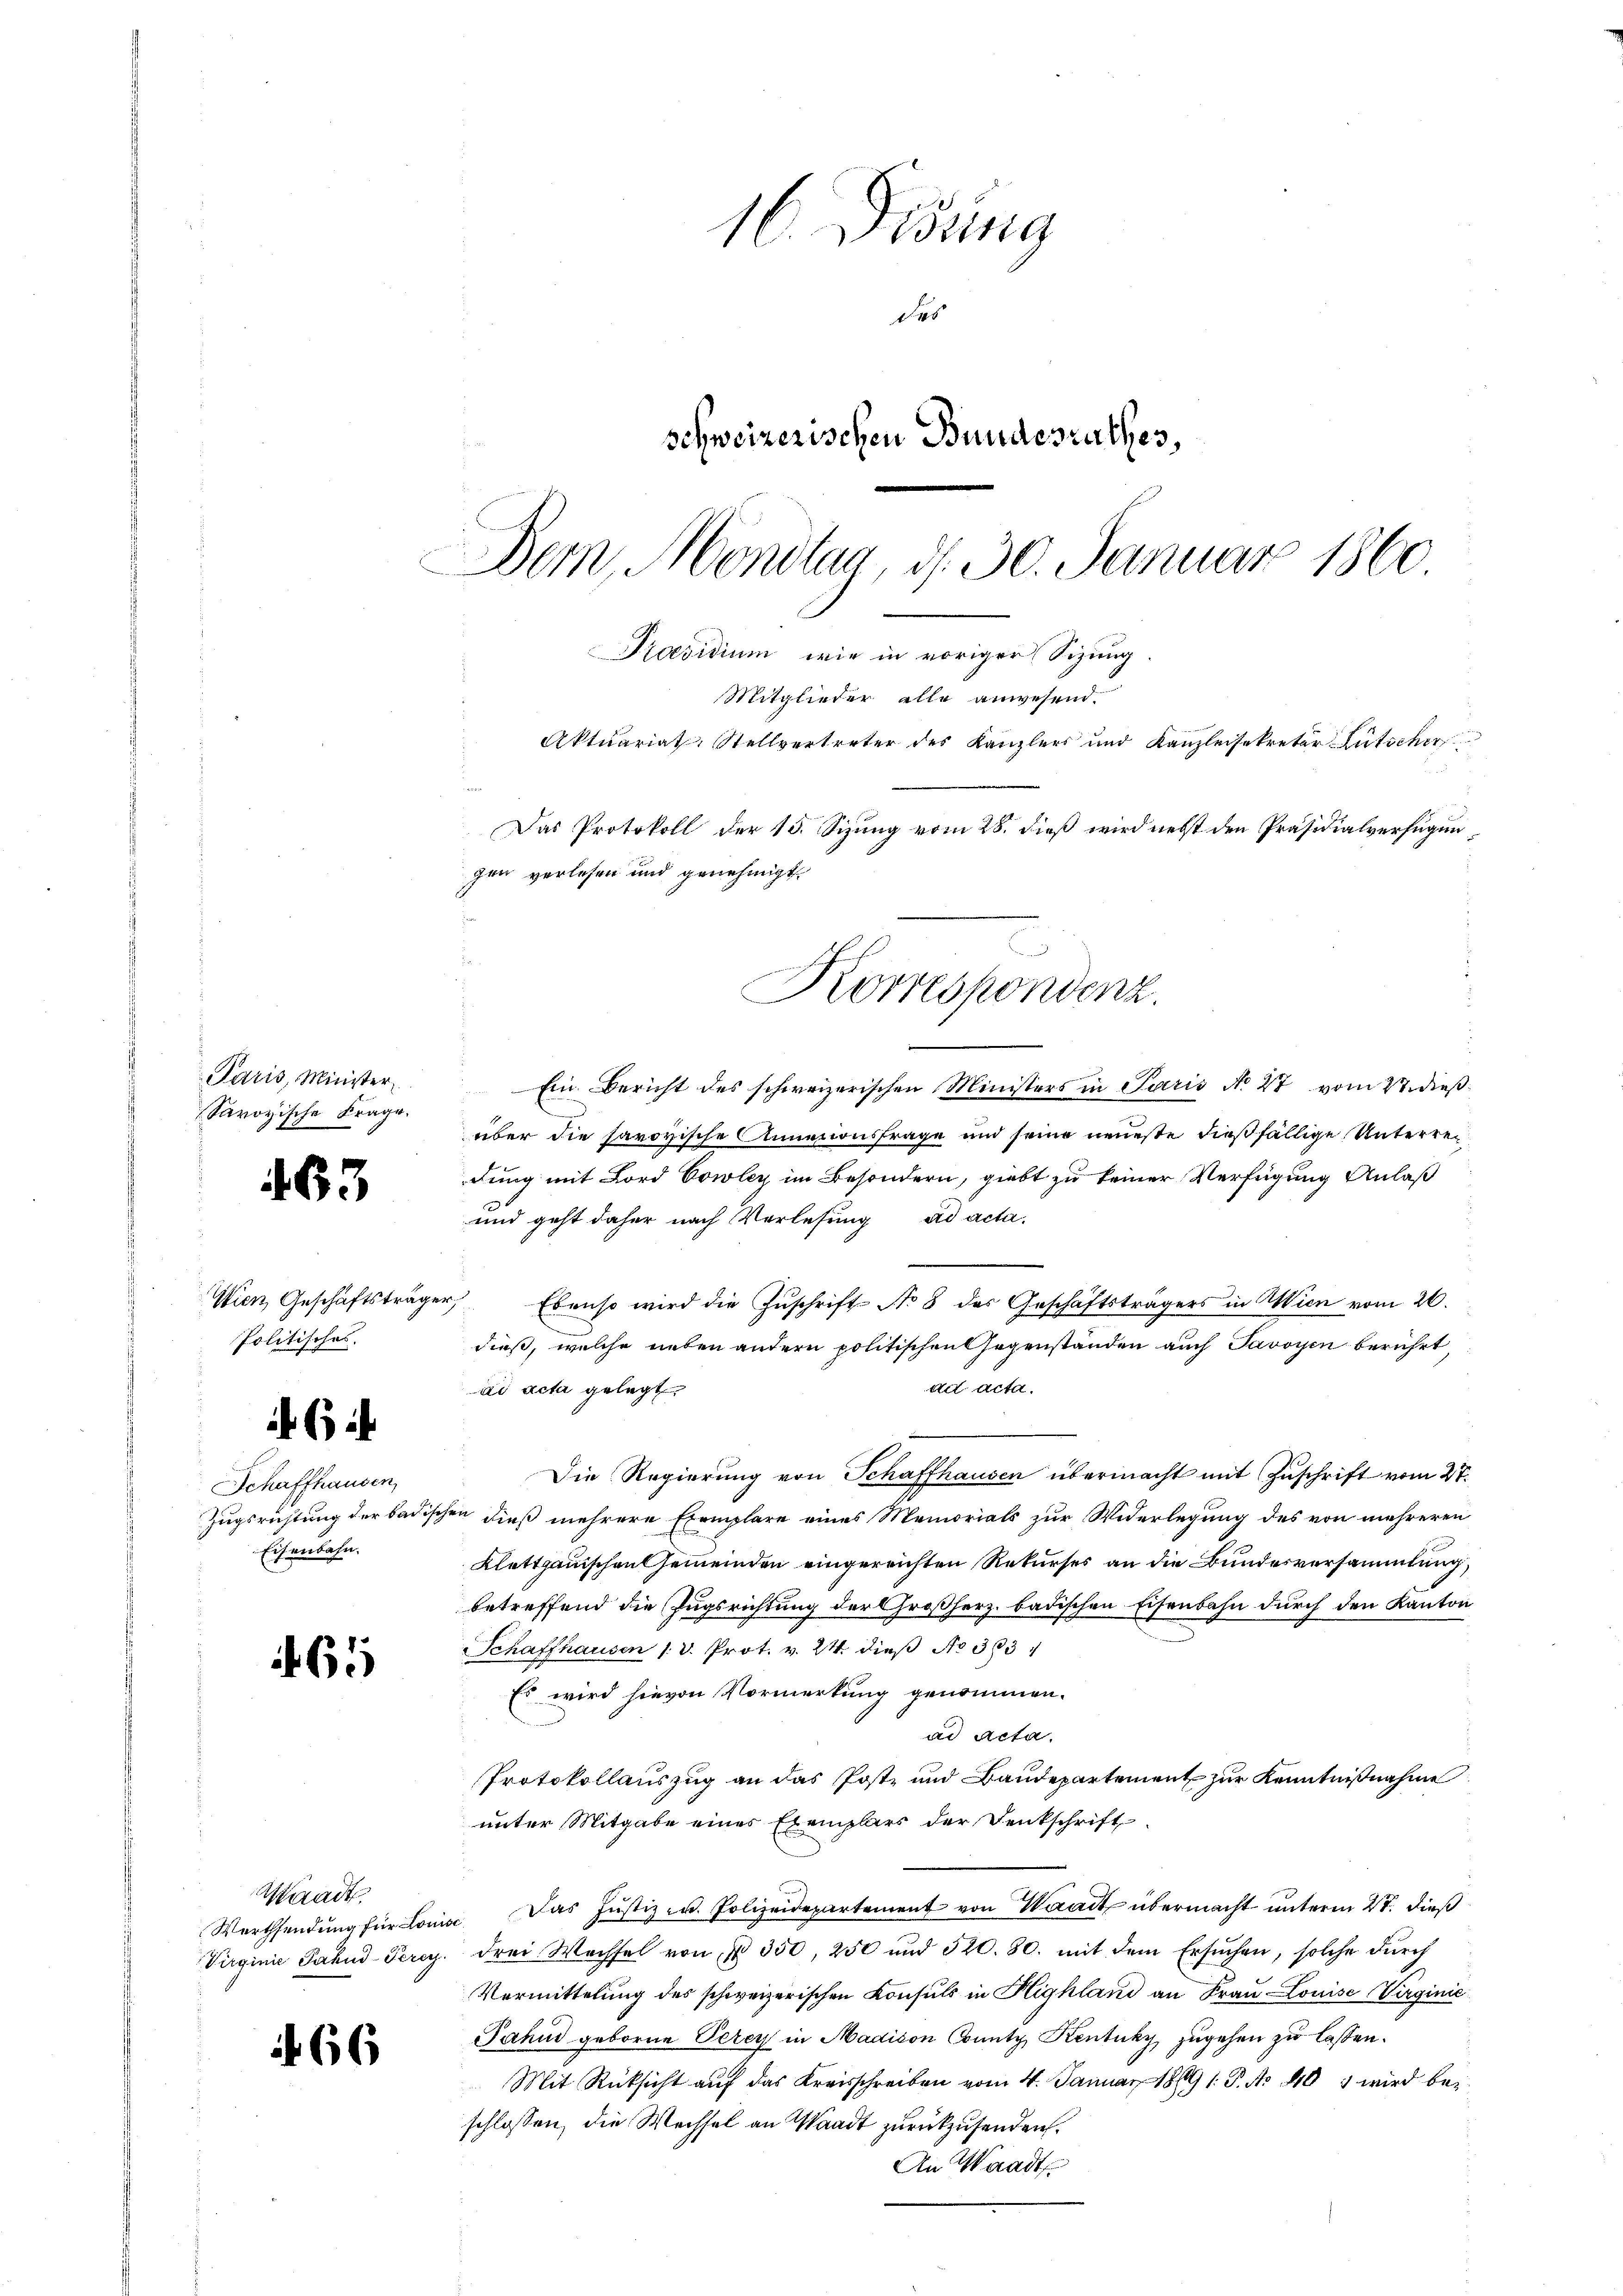
Paris, Minister
Savoyische Frage.

463

Wien Geschäftsträgen
Politisches.

6

Schaffhausen,
Zugsrichtung der badisch
Eisenbahn.

65

Waadt,
Werthsendung für Louis
Virginie Jahnd-Perey.

466

16. Disung
das
schweizerischen Bundesrathes,
Bern, Mondtaa, d. 30. Januar 1860

Praesidium, wie in voriger Sizung.
Mitglieder alle anwesend.
Aktuariat, Stellvertreter des Kanzlers und Kanzleisekretär-Gutscher
Das Protokoll der 15. Sizung vom 28. dieß wird nebst den Präsidialverfügen
gen verlesen und genehmigt
s
Korrespondenz.

7
Ein Bericht des schweizerischen Ministers in Paris No 27 vom 27. dießüber die savoyische Annationsfrage und seine neueste dießfällige Unterredung mit Lord Cowley im Besondern, giebt zu keiner Verfügung Anlaß
und geht daher nach Verlesung ad acta.
 Ebenso wird die Zuschrift No 8 des Geschäftsträgers in Wien vom 26.
dieß, welche neben andern politischen Gegenstanden auch Savoyen berührt
ad Acta.
ad acta gelegt.
Die Regierung von Schaffhausen übermacht mit Zuschrift vom 27.
en dieß mehrere Exemplare eines Memorials zur Widerlegung des von mehreren
Klettgauischen Gemeinden eingereichten Rekurses an die Bundesversammlung,
betreffend die Zugsrichtung der Großherz badischen Eisenbahn durch den Kanton
Schaffhausen 1. d. Prot. v. 24. dieß No 363
Es wird hievon Vormerkung genommen.
ad Acta.
Protokollauszug an das Post- und Baudepartement zur Kenntnißnahme
unter Mitgabe eines Exemplars der Denkschrift
Das Justiz- u. Polizeidepartement von Waadt übermacht unterm 27. dieß
2
drei Wachsel von § 350, 250 und 520. 80. mit dem Ersuchen, solche durch
Vermittelung des schweizerischen Konsuls in Highland an Frau Louise Virginić
Jahud geborne Perey in Madison County, Kentuky zugehen zu lassen.
Mit Rücksicht auf das Kreisschreiben vom 4. Januar 1899 1. P. Nr. 403 wird bei
schlossen, die Wechsel an Waadt zurückzusenden.
An Waadt